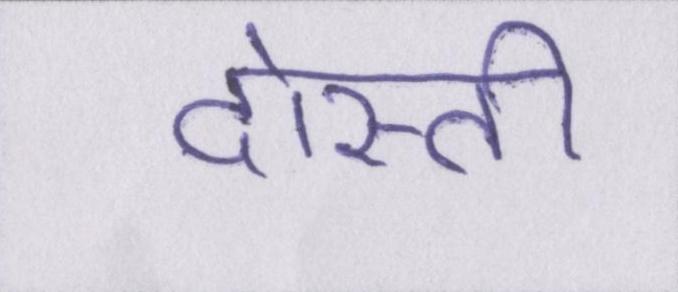
दोस्ती